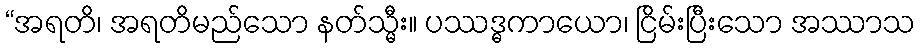
“အရတိ၊ အရတိမည်သော နတ်သ္မီး။ ပဿဒ္ဓကာယော၊ ငြိမ်းပြီးသော အဿာသ